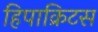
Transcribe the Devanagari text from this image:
हिपाक्रिटस